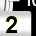
Digit: 2